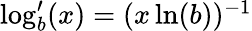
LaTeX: \textstyle\log_{b}^{\prime}(x)=(x\ln(b))^{-1}